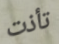
تأذت